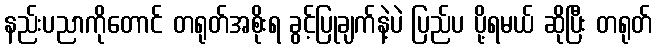
နည်းပညာကိုတောင် တရုတ်အစိုးရ ခွင့်ပြုချက်နဲ့ပဲ ပြည်ပ ပို့ရမယ် ဆိုပြီး တရုတ်